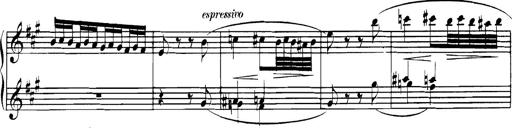
Title: Spinnerlied aus dem Fliegenden HollÃ¤nder
Composer: Franz Liszt